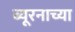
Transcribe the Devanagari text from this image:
ब्यूरनाच्या